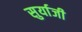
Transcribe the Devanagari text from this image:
सुर्याजी